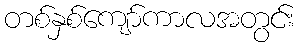
တစ်နှစ်ကျော်ကာလအတွင်း